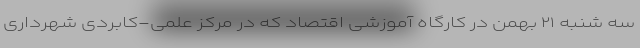
سه شنبه ۲۱ بهمن در کارگاه آموزشی اقتصاد که در مرکز علمی-کابردی شهرداری